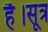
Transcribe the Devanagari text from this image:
है।सूत्र